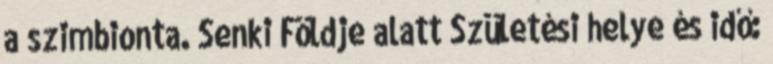
a szimbionta. Senki Földje alatt Születési helye és idő: